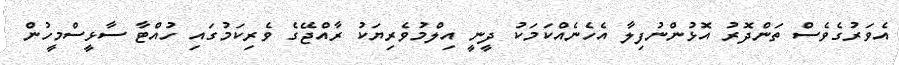
އެވަރުގެވެސް ތަންދޮރު އޮޅުންނުފިލާ އެހެނެއްކަމަކު ދީނީ އިލްމުވެރިޔަކު ރާއްޖޭގެ ވެރިކަމުގައި ހުއްޓާ ސާޅީސްމީހުން